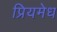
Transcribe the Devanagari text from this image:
प्रियमेध